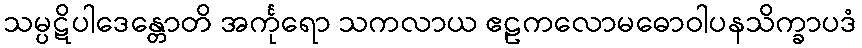
သမ္ပဋိပါဒေန္တောတိ အင်္ကုရော သကလာယ ဧဠကလောမဓောဝါပနသိက္ခာပဒံ